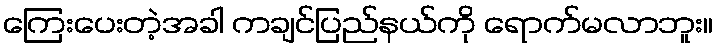
ကြေးပေးတဲ့အခါ ကချင်ပြည်နယ်ကို ရောက်မလာဘူး။